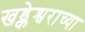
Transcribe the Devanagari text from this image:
खड्केश्वराच्या